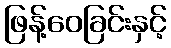
ဖြန့်ဝေခြင်းနှင့်